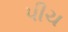
પીચ